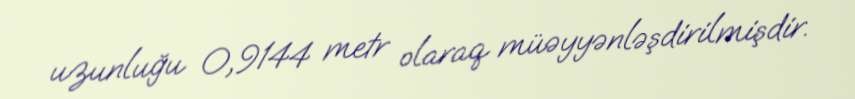
uzunluğu 0,9144 metr olaraq müəyyənləşdirilmişdir.